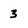
Character: 3